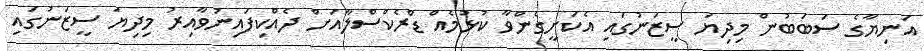
އަނިޔާގެ ސަބަބުން މިދިޔަ ސީޒަނުގައި އެކަށީގެންވާ ކުޅުމެއް ޑްރެކްސްލާއަށް ދެއްކިފައިނުވާއިރު މިދިޔަ ސީޒަނުގައި